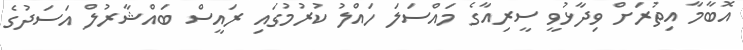
އޮބާމާ އިތުރަށް ވިދާޅުވީ ސީރިއާގެ މައްސަލަ ހައްލު ކުރުމުގައި ރައީސް ބައްޝާރުލް އަސަދުގެ